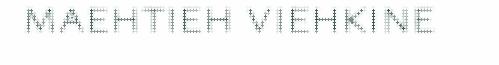
maehtieh viehkine